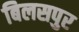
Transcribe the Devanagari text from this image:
बिलसपुर